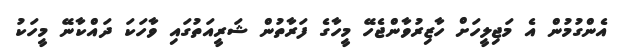
އެންގުމުން އެ މަޖިލީހަށް ހާޒިރުވާންޖެހޭ މީހާގެ ފަރާތުން ޝަރީއަތުގައި ވާހަކަ ދައްކާނޭ މީހަކު